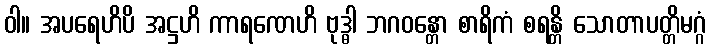
ဝါ။ အပရေဟိပိ အဋ္ဌဟိ ကာရဏေဟိ ဗုဒ္ဓါ ဘဂဝန္တော စာရိကံ စရန္တိ သောတာပတ္တိမဂ္ဂံ